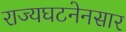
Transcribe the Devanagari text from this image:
राज्यघटनेनसार